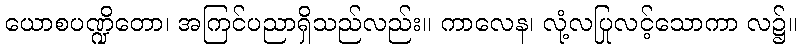
ယောစပဏ္ဍိတော၊ အကြင်ပညာရှိသည်လည်း။ ကာလေန၊ လုံ့လပြုလင့်သောကာ လ၌။